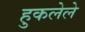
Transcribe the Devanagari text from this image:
हुकलेले